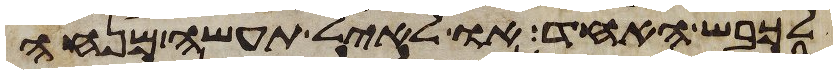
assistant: לכבש האחד או לאיל תעשה מנחה